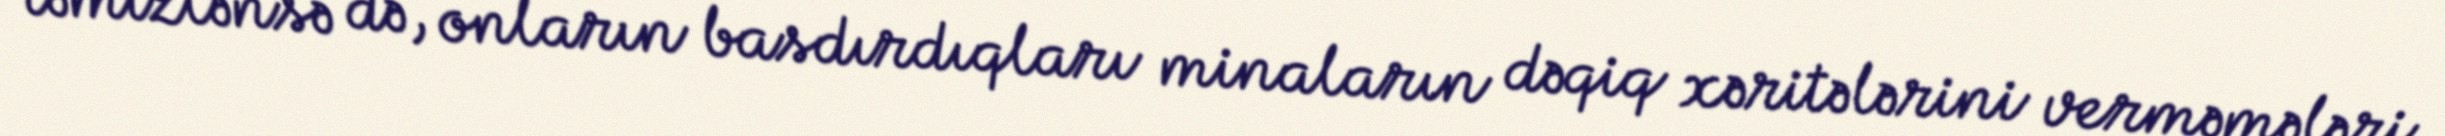
təmizlənsə də, onların basdırdıqları minaların dəqiq xəritələrini verməmələri